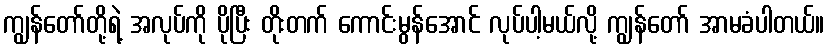
ကျွန်တော်တို့ရဲ့ အလုပ်ကို ပိုပြီး တိုးတက် ကောင်းမွန်အောင် လုပ်ပါ့မယ်လို့ ကျွန်တော် အာမခံပါတယ်။